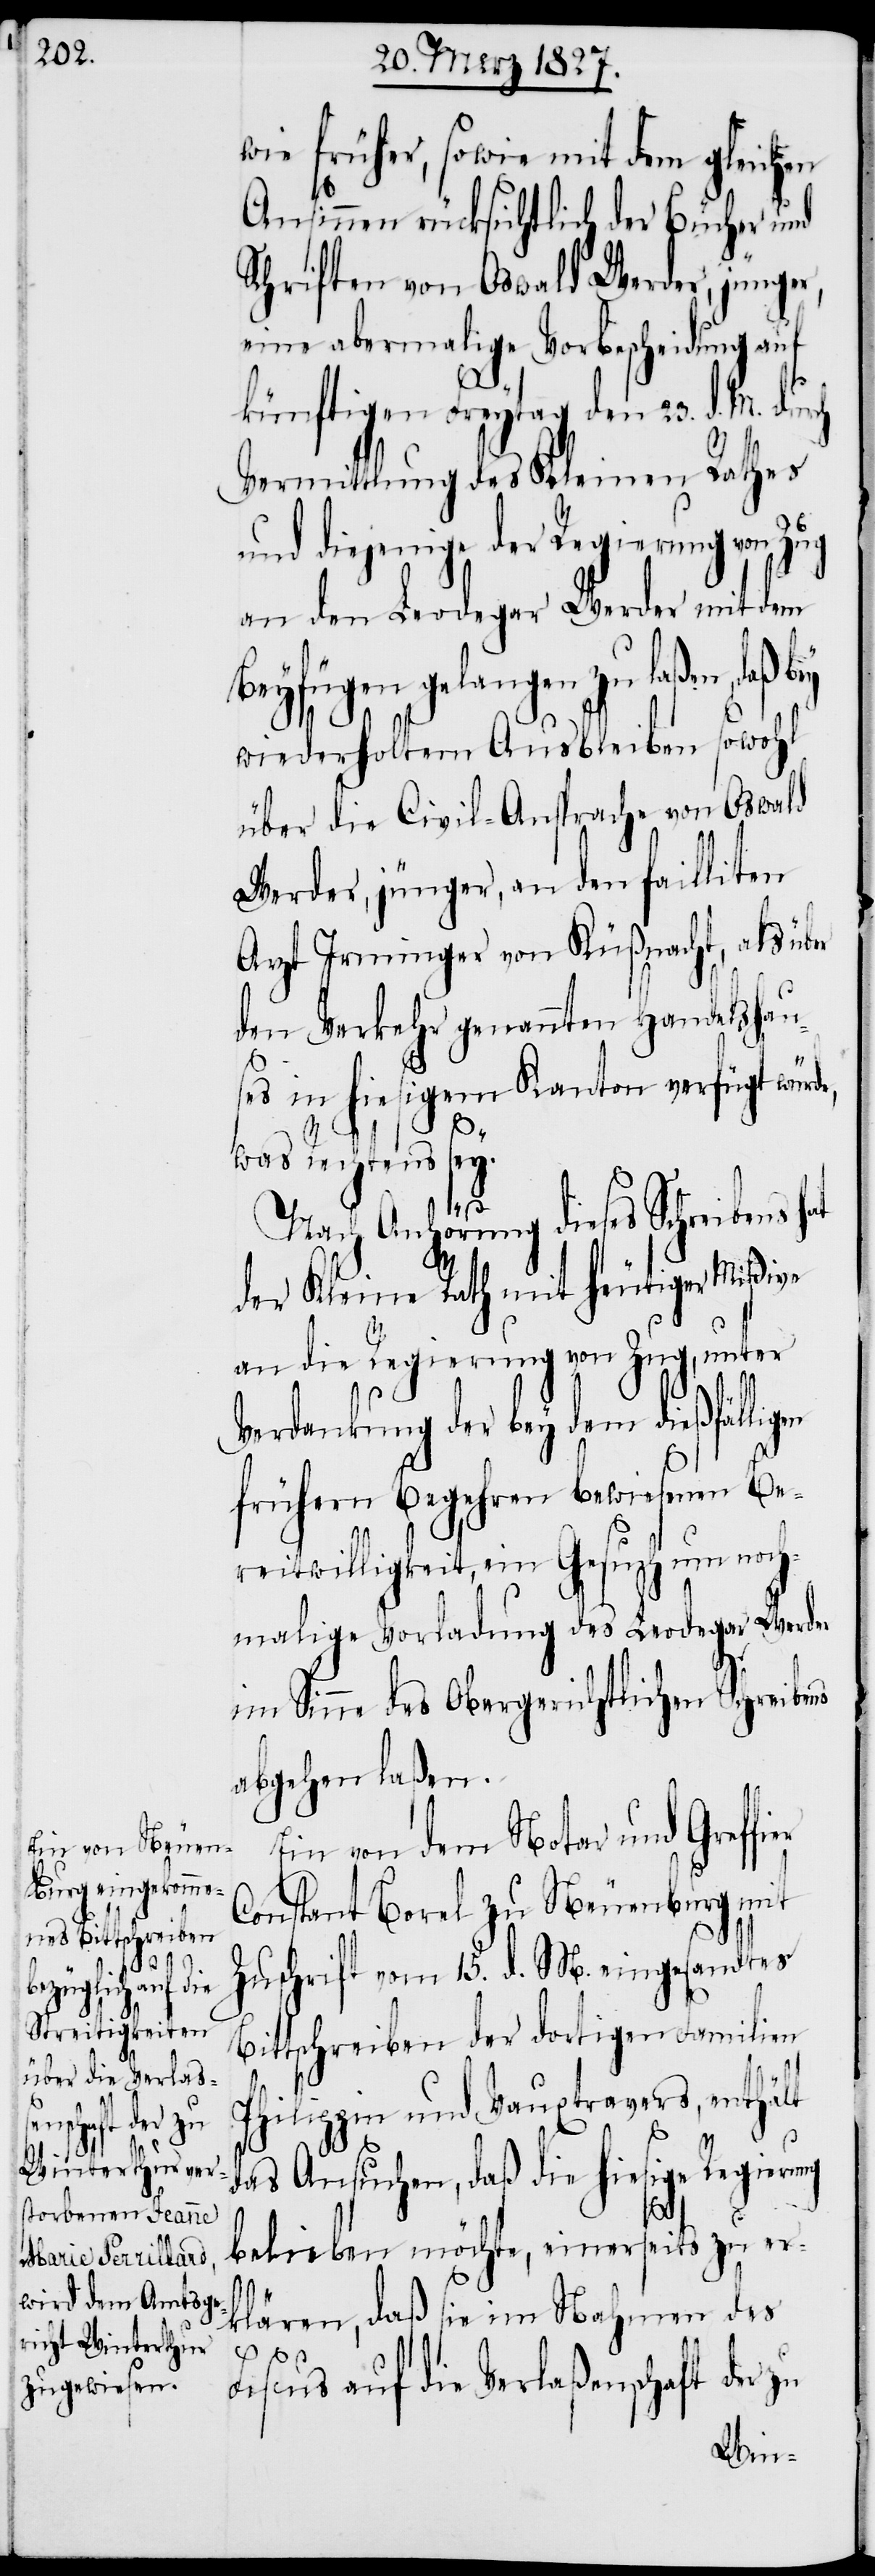
wie früher, sowie mit dem gleichen
Ansinnen rücksichtlich der Bücher und
Schriften von Oswald Werder, jünger,
eine abermalige Vorbescheidung auf
künftigen Freytag den 23. d. M. dur¬
Vermittlung des Kleinen Rathes
und diejenige der Regierung von
an den Leodegar Werder mit dem
Beyfügen gelangen zu laßen,
wiederholtem Ausbleiben sowohl
über die Civil-Ansprache von Oswald
Werder, jünger, an den failliten
Arzt Irminger von Küßnacht, als über
den Verkehr genannten Handelshau¬
ses in hiesigem Kanton verfügt wür¬
was Rechtens sey.
ng
Nach Anhörung dieses Schreibens hat
der Kleine Rath mit heutiger Mißive
an die Regierung von Zug, unter
Verdankung der bey dem dießfälligen
frühern Begehren bewiesenen Be¬
reitwilligkeit, ein Gesuch um noch¬
malige Vorladung des Leodegar Werder
im Sinne des Obergerichtlichen Schreibens
abgehen laßen.
Ein von dem Notar und Greffi¬
Constant Borel zu Neuenburg mit
Zuschrift vom 15. d. M. eingesandtes
Bittschreiben der dortigen Familien
Philppin und Vauxtravers, enthält
das Ansuchen, daß die hiesige Regieru¬
belieben möchte, einerseits zu er¬
klären, daß sie im Nahmen des
Fiscus auf die Verlaßenschaft der zu